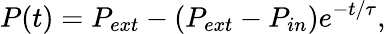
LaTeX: P(t)=P_{ext}-(P_{ext}-P_{in})e^{-t/\tau},